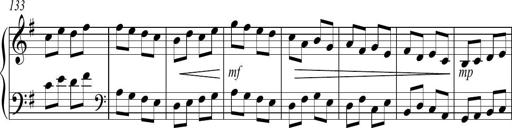
Title: Sonatina no. 2
Composer: Brian Henderson-Sellers
Key: G major